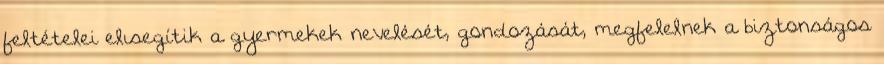
feltételei elısegítik a gyermekek nevelését, gondozását, megfelelnek a biztonságos